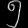
Digit: ၅